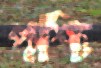
পশ্চি